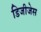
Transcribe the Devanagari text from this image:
डिजीजेस